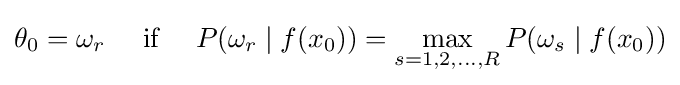
\theta _{0}=\omega _{r}\quad {\text{ if }}\quad P(\omega _{r}\mid f(x_{0}))=\max _{s=1,2,\ldots ,R}P(\omega _{s}\mid f(x_{0}))